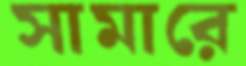
সামারে